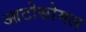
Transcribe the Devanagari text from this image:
आटोसोमल